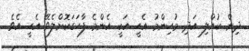
ދިން ކުއްލި އަދި މުހިންމު އެހީ އަކީ އެންމެ ފާހަގަކޮށްލެވޭ އެހީ އެވެ.